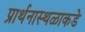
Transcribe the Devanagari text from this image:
प्रार्थनास्थळाकडे